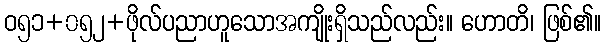
ဝ၅၁+၀၅၂+ဖိုလ်ပညာဟူသောအကျိုးရှိသည်လည်း။ ဟောတိ၊ ဖြစ်၏။